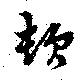
頓